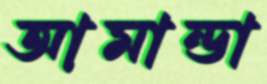
আমান্ডা